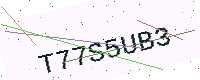
Text: T77S5UB3